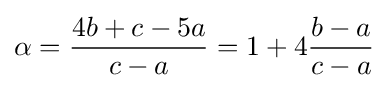
\alpha ={\frac {4b+c-5a}{c-a}}=1+4{\frac {b-a}{c-a}}